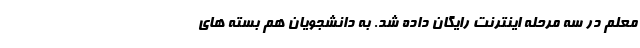
معلم در سه مرحله اینترنت رایگان داده شد. به دانشجویان هم بسته های